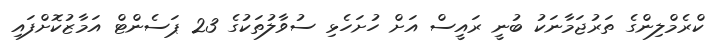
ކްރެމްލިންގެ ތަރުޖަމާނަކު ބުނީ ރައީސް އަށް ހުށަހެޅި ސުވާލުތަކުގެ 23 ޕަސެންޓް އަމާޒުކޮށްފައި